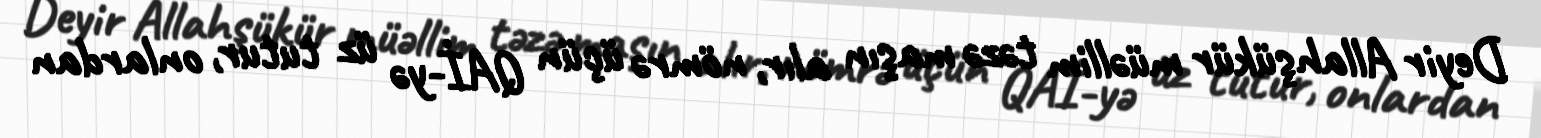
Deyir Allahşükür müəllim təzə maşın alır, nömrə üçün QAİ-yə üz tutur, onlardan